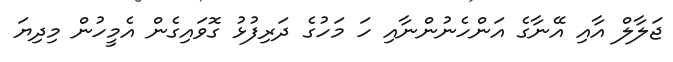
ޖަލާލް އާއި އޭނާގެ އަންހެނުންނާއި ހަ މަހުގެ ދަރިފުޅު ގޮވައިގެން އެމީހުން މިދިޔަ